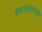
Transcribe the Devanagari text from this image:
कथासंग्रहांपैकी